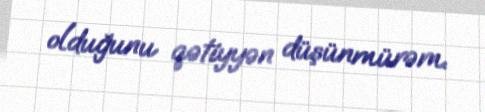
olduğunu qətiyyən düşünmürəm.